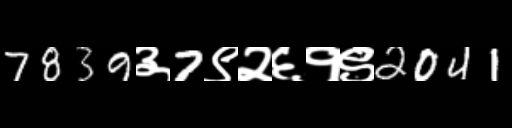
Text: 7839३7९२६१९2041